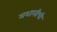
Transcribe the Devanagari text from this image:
मशालीची